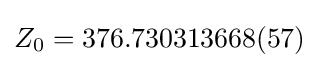
Z_{0}=376.730313668(57)